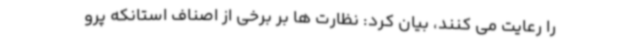
را رعایت می کنند، بیان کرد: نظارت ها بر برخی از اصناف استانکه پرو